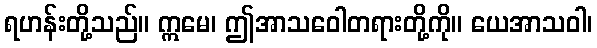
ရဟန်းတို့သည်။ ဣမေ၊ ဤအာသဝေါတရားတို့ကို။ ယေအာသဝါ၊